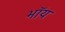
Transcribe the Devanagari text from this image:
भॉय